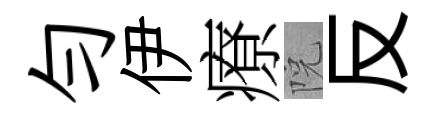
勻伊療院反